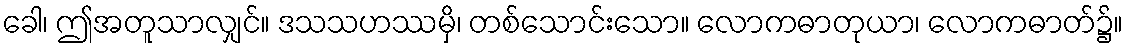
ခေါ၊ ဤအတူသာလျှင်။ ဒသသဟဿမှိ၊ တစ်သောင်းသော။ လောကဓာတုယာ၊ လောကဓာတ်၌။